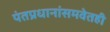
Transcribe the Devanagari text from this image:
पंतप्रधानांसमवेतही